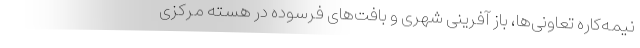
نیمه‌کاره تعاونی‌ها، باز آفرینی شهری و بافت‌های فرسوده در هسته مرکزی